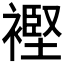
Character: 𧜶